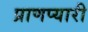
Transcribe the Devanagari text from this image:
प्राणप्यारी